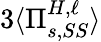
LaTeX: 3\langle\Pi_{s,SS}^{H,\ell}\rangle